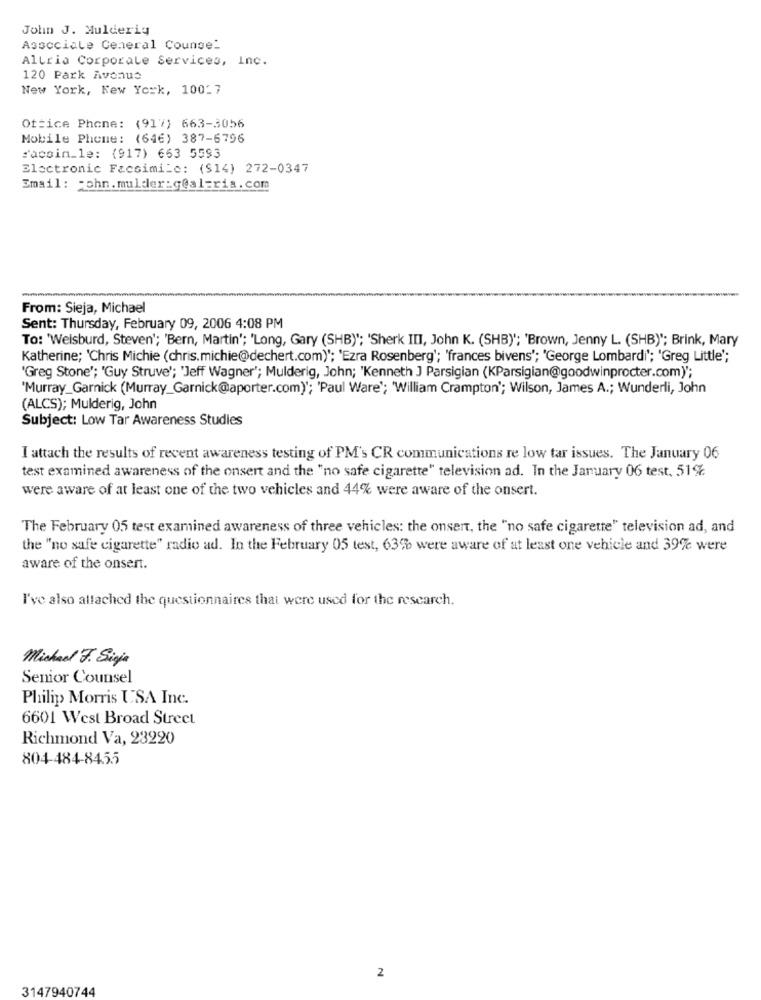
John J. Mulderiy
Associale Ceneral Counsel
Altria Corporate Services, Inc.
120 Park Avenue
New York, New York, 10017
Oftice Phone: (917) 663-3056
Mobile Phone: (646) 387-6796
:acoin_le: (917) 663 5593
Electronic Facsimile: ($14) 272-0347
Email: - ohn.mulder:g@al=ria. com
From: Sieja, Michael
Sent: Thursday, February 09, 2006 4:08 PM
To: 'Welsburd, Steven'; 'Bern, Martin'; 'Long, Gary (SHB)"; 'Sherk III, John K. (SHB)"; 'Brown, Jenny L. (SHB)"; Brink, Mary
Katherine; 'Chris Michie (chris.michie@dechert.com)"; 'Ezra Rosenberg'; 'frances bivens'; 'George Lombardi'; 'Greg Little';
'Greg Stone'; 'Guy Struve'; 'Jeff Wagner'; Mulderig, John; 'Kenneth J Parsigian (KParsigian@goodwinprocter.com)";
'Murray_Garnick (Murray_Garnick@aporter.com)'; 'Paul Ware'; 'William Crampton'; Wilson, James A .; Wunderli, John
(ALCS); Mulderig, John
Subject: Low Tar Awareness Studies
I attach the results of recent awareness testing of PM's CR communications re low tar issues. The January 06
test examined awareness of the onsert and the "no safe cigarette" television ad. In the January 06 test, 51%
were aware of at least one of the two vehicles and 44% were aware of the onsert.
The February 05 test examined awareness of three vehicles: the onsert, the "no safe cigarette" television ad, and
the "no safe cigarette" radio ad. In the February 05 test, 63% were aware of at least one vehicle and 39% were
aware of the onsert.
I've also attached the questionnaires that were used for the research.
Michael J. Sigja
Senior Counsel
Philip Morris USA Inc.
6601 West Broad Street
Richmond Va, 23220
804-484-8455
2
3147940744